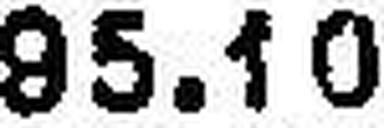
95.10